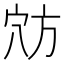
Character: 𫁊